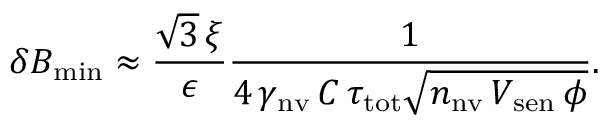
\delta B _ { \mathrm { m i n } } \approx \frac { \sqrt { 3 } \, \xi } { \epsilon } \frac { 1 } { 4 \, \gamma _ { \mathrm { n v } } \, C \, \tau _ { \mathrm { t o t } } \sqrt { n _ { \mathrm { n v } } \, V _ { \mathrm { s e n } } \, \phi } } .